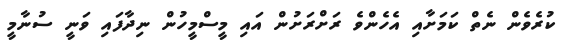
ކުރެވެން ނެތް ކަމަށާއި އެހެންވެ ރަށްރަށުން އައި މީސްމީހުން ނިދާފައި ވަނީ ސުނާމީ